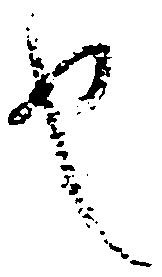
也